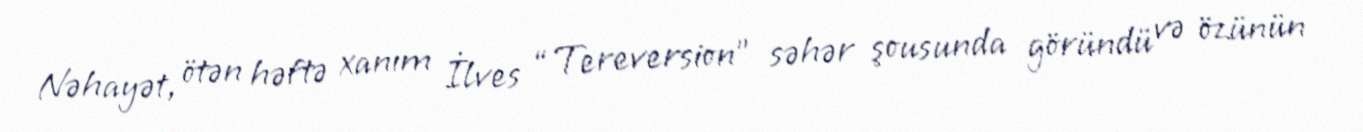
Nəhayət, ötən həftə xanım İlves “Tereversion” səhər şousunda göründü və özünün